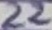
Text: 22